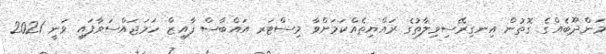
މަންދޫބެއްގެ ގޮތުން އިނގިރޭސިވިލާތުގެ ރައްޔިތެއްކަމަށްވާ މިސްޓަރ އައްބާސް ފާއިޒް ހަމަޖައްސަވާފައި ވަނީ 2021